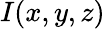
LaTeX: I(x,y,z)